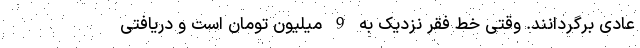
عادی برگردانند. وقتی خط فقر نزدیک به 9 میلیون تومان است و دریافتی